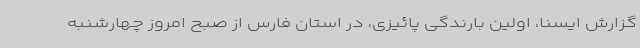
گزارش ایسنا، اولین بارندگی پائیزی، در استان فارس از صبح امروز چهارشنبه